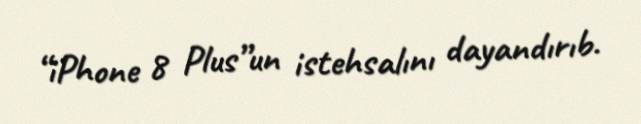
“iPhone 8 Plus”un istehsalını dayandırıb.